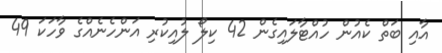
އާއި ބަތް ކެއުން ހުއްޓާލައިގެން 42 ކިލޯ ލުއިކުރި އަންހެނެއްގެ ވާހަކަ 49